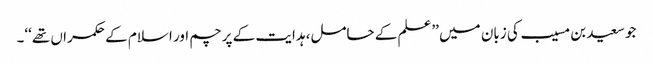
جو سعید بن مسیب کی زبان میں ’’علم کے حامل، ہدایت کے پرچم اور اسلام کے حکمراں تھے‘‘۔